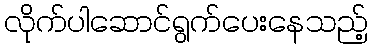
လိုက်ပါဆောင်ရွက်ပေးနေသည့်